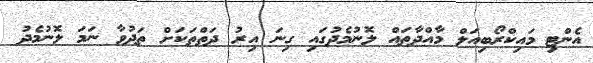
އެންޓި މައިކްރޯބިއަލް މާއްދާތައް ލޮނުމެދުގައި ގިނަ އިރު ދަތްތަކަށް ތަދުވާ ނަމަ ލޮނުމެދު